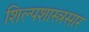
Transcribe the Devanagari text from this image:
शिल्पशास्त्रसार